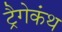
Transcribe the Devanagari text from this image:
ट्रैगेकंथ